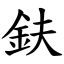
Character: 鈇